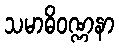
သမာဓိဝဏ္ဏနာ